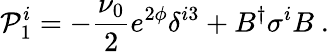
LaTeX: {\cal\mathcal{P}}_{1}^{i}=-\frac{{\nu_{0}}}{{2}}e^{2\phi}\delta^{i3}+B^{\dagger}\sigma^{i}B\ .